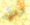
تردني